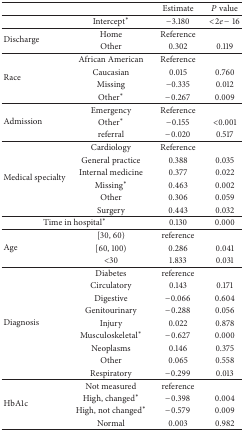
|  |  | Estimate | P value |
 | --- | --- | --- | --- |
 |  | Intercept* | −3.180 | <2e − 16 |
 | <ROWSPAN=2> Discharge | Home | Reference |  |
 | Other | 0.302 | 0.119 |
 | <ROWSPAN=4> Race | African American | Reference |  |
 | Caucasian | 0.015 | 0.760 |
 | Missing | −0.335 | 0.012 |
 | Other* | −0.267 | 0.009 |
 | <ROWSPAN=3> Admission | Emergency | Reference |  |
 | Other* | −0.155 | <0.001 |
 | referral | −0.020 | 0.517 |
 | <ROWSPAN=6> Medical specialty | Cardiology | Reference |  |
 | General practice | 0.388 | 0.035 |
 | Internal medicine | 0.377 | 0.022 |
 | Missing* | 0.463 | 0.002 |
 | Other | 0.306 | 0.059 |
 | Surgery | 0.443 | 0.032 |
 | <COLSPAN=2> Time in hospital* | 0.130 | 0.000 |
 | <ROWSPAN=3> Age | [30, 60) | reference |  |
 | [60, 100) | 0.286 | 0.041 |
 | <30 | 1.833 | 0.031 |
 | <ROWSPAN=9> Diagnosis | Diabetes | reference |  |
 | Circulatory | 0.143 | 0.171 |
 | Digestive | −0.066 | 0.604 |
 | Genitourinary | −0.288 | 0.056 |
 | Injury | 0.022 | 0.878 |
 | Musculoskeletal* | −0.627 | 0.000 |
 | Neoplasms | 0.146 | 0.375 |
 | Other | 0.065 | 0.558 |
 | Respiratory | −0.299 | 0.013 |
 | <ROWSPAN=4> HbA1c | Not measured | reference |  |
 | High, changed* | −0.398 | 0.004 |
 | High, not changed* | −0.579 | 0.009 |
 | Normal | 0.003 | 0.982 |